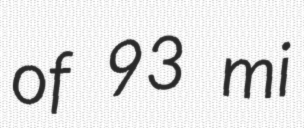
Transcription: of 93 mi